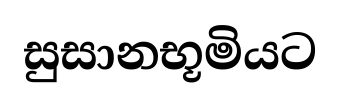
සුසානභූමියට